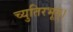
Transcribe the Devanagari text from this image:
च्युतिरभूत्।